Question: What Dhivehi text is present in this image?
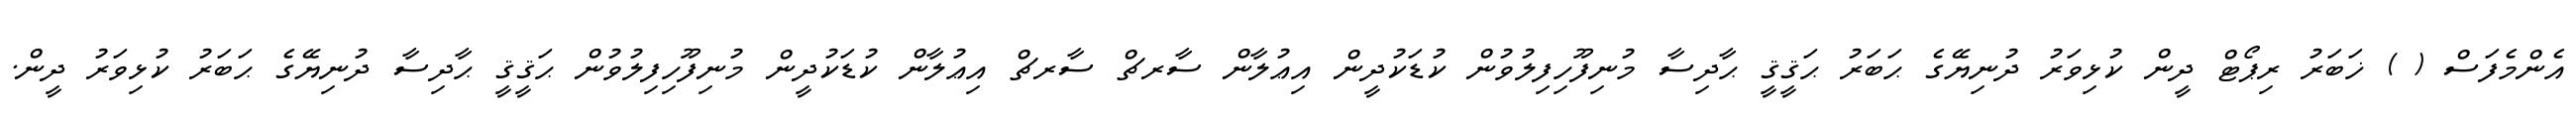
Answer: އެންމެފަސް ( ) ޚަބަރު ރިޕޯޓް ދީން ކުޅިވަރު ދުނިޔޭގެ ޙަބަރު ޙަޤީޤީ ޙާދިސާ މުނިފޫހިފިލުވުން ކުޑަކުދީން އިޢުލާން ސާރޗް ސާރޗް އިޢުލާން ކުޑަކުދީން މުނިފޫހިފިލުވުން ޙަޤީޤީ ޙާދިސާ ދުނިޔޭގެ ޙަބަރު ކުޅިވަރު ދީން.